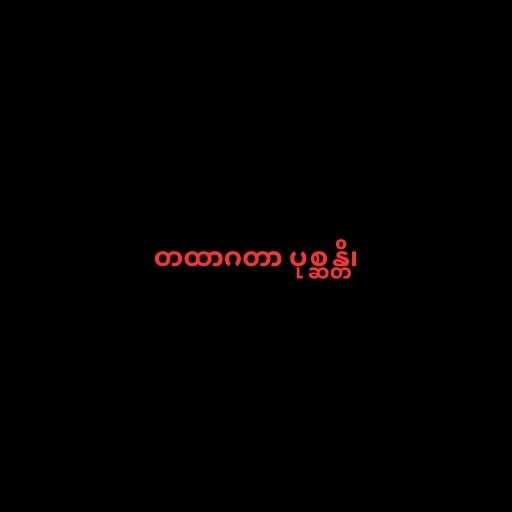
တထာဂတာ ပုစ္ဆန္တိ၊